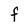
Character: F